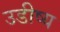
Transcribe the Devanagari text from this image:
उडीष्य